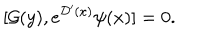
LaTeX: [ { \cal G } ( { y } ) , e ^ { { \cal D } ^ { \prime } ( x ) } \psi ( x ) ] = 0 .